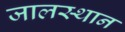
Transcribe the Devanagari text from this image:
जालस्थान